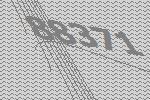
88371